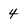
Character: 4